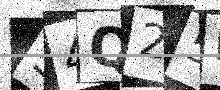
Text: S4Q25D